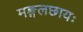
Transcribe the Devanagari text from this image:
मङ्गलछायः